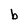
Character: b